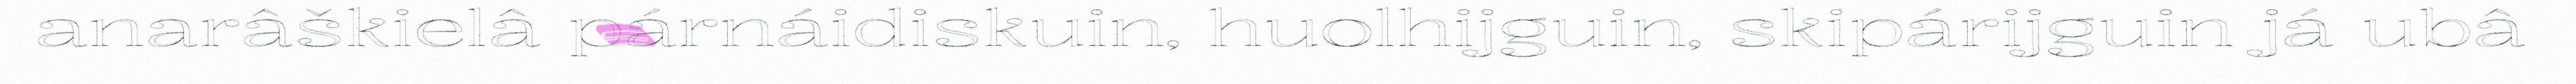
anarâškielâ párnáidiskuin, huolhijguin, skipárijguin já ubâ